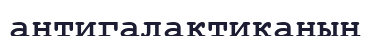
антигалактиканың